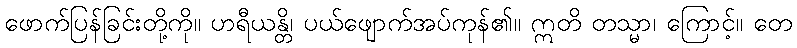
ဖောက်ပြန်ခြင်းတို့ကို။ ဟရီယန္တိ၊ ပယ်ဖျောက်အပ်ကုန်၏။ ဣတိ တသ္မာ၊ ကြောင့်။ တေ